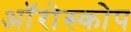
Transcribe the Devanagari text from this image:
ऑरोस्कोप